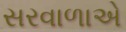
સરવાળાએ